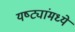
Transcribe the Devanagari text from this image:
यष्ट्यांमध्ये